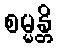
စမ္မန္တိ